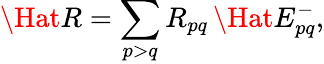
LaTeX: \Hat{R}=\sum_{p>q}R_{pq}\, \Hat{E}_{pq}^{-},